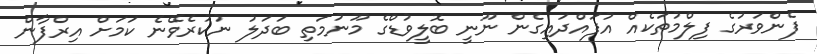
ފެންވަރުގެ ފިލްމުތަކެއް އުފައްދައިގެން ނޫނީ ބޮލީވުޑްގެ މޫނުމަތި ބަދަލު ނުކުރެވޭނެ ކަމަށް އިރްފާން